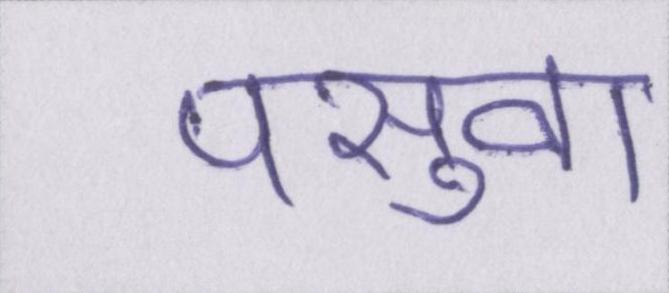
पसुवा